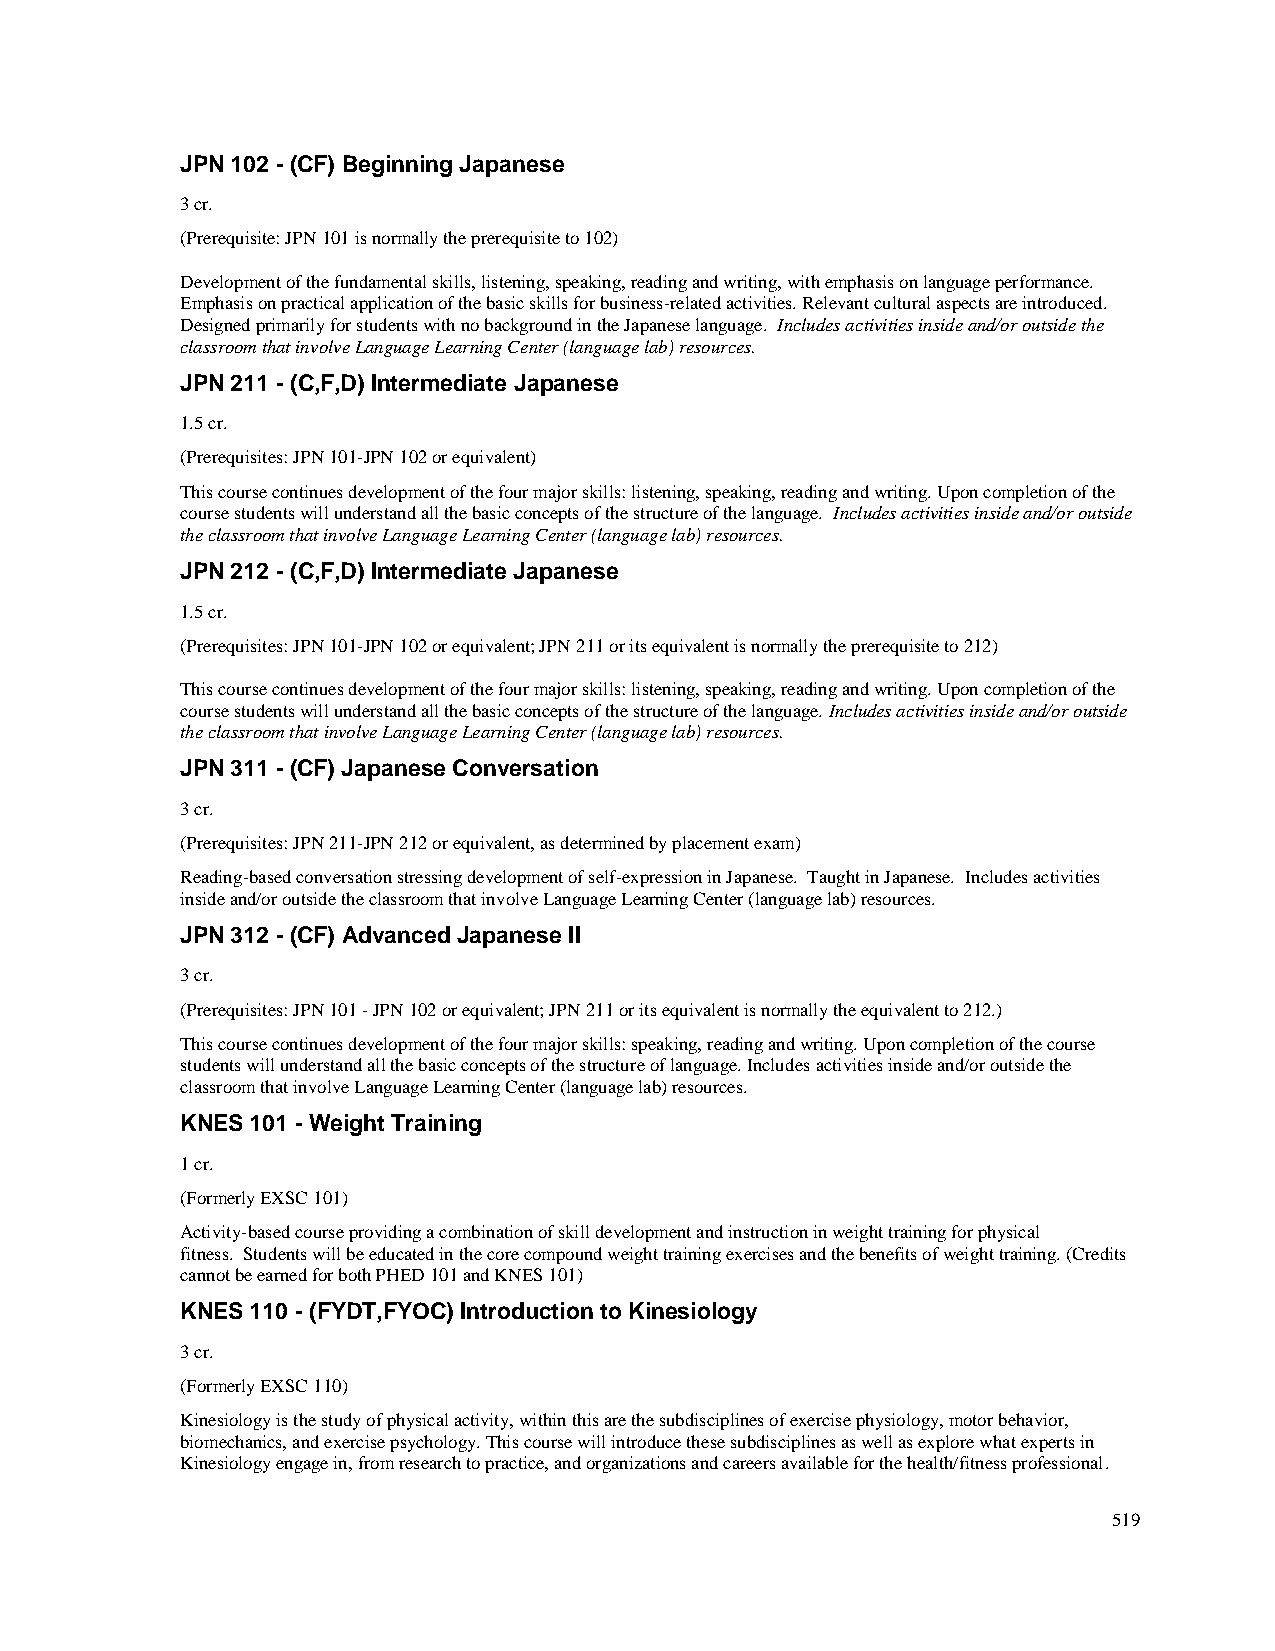
JPN 102 - (CF) Beginning Japanese
 3 cr.
 (Prerequisite: JPN 101 is normally the prerequisite to 102)
 Development of the fundamental skills, listening, speaking, reading and writing, with emphasis on language performance.
 Emphasis on practical application of the basic skills for business-related activities. Relevant cultural aspects are introduced.
 Designed primarily for students with no background in the Japanese language. Includes activities inside and/or outside the
 classroom that involve Language Learning Center (language lab) resources.
 JPN 211 - (C,F,D) Intermediate Japanese
 1.5 cr.
 (Prerequisites: JPN 101-JPN 102 or equivalent)
 This course continues development of the four major skills: listening, speaking, reading and writing. Upon completion of the
 course students will understand all the basic concepts of the structure of the language. Includes activities inside and/or outside
 the classroom that involve Language Learning Center (language lab) resources.
 JPN 212 - (C,F,D) Intermediate Japanese
 1.5 cr.
 (Prerequisites: JPN 101-JPN 102 or equivalent; JPN 211 or its equivalent is normally the prerequisite to 212)
 This course continues development of the four major skills: listening, speaking, reading and writing. Upon completion of the
 course students will understand all the basic concepts of the structure of the language. Includes activities inside and/or outside
 the classroom that involve Language Learning Center (language lab) resources.
 JPN 311 - (CF) Japanese Conversation
 3 cr.
 (Prerequisites: JPN 211-JPN 212 or equivalent, as determined by placement exam)
 Reading-based conversation stressing development of self-expression in Japanese. Taught in Japanese. Includes activities
 inside and/or outside the classroom that involve Language Learning Center (language lab) resources.
 JPN 312 - (CF) Advanced Japanese II
 3 cr.
 (Prerequisites: JPN 101 - JPN 102 or equivalent; JPN 211 or its equivalent is normally the equivalent to 212.)
 This course continues development of the four major skills: speaking, reading and writing. Upon completion of the course
 students will understand all the basic concepts of the structure of language. Includes activities inside and/or outside the
 classroom that involve Language Learning Center (language lab) resources.
 KNES 101 - Weight Training
 1 cr.
 (Formerly EXSC 101)
 Activity-based course providing a combination of skill development and instruction in weight training for physical
 fitness. Students will be educated in the core compound weight training exercises and the benefits of weight training. (Credits
 cannot be earned for both PHED 101 and KNES 101)
 KNES 110 - (FYDT,FYOC) Introduction to Kinesiology
 3 cr.
 (Formerly EXSC 110)
 Kinesiology is the study of physical activity, within this are the subdisciplines of exercise physiology, motor behavior,
 biomechanics, and exercise psychology. This course will introduce these subdisciplines as well as explore what experts in
 Kinesiology engage in, from research to practice, and organizations and careers available for the health/fitness professional.
 519